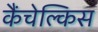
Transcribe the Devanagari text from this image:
कैंचेल्किस